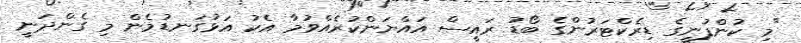
"މި ކުންފުނީގެ ޑިރެކްޓަރުންގެ ބޯޑު ރައީސް އައްޔަންކުރެއްވުމާ އެކު އަޅުގަނޑުމެން މި ގެންދަނީ